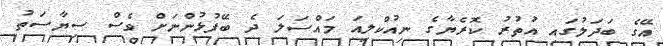
އޭގެ ބަދަލުގައި އުތުރު ކޮރެޔާގެ ނިއުކްލިއަ މައްސަލަ ދެ ބޭފުޅުންނަށް ވެސް ސިޔާސަތު